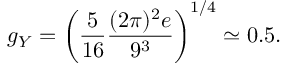
g _ { Y } = \left( { \frac { 5 } { 1 6 } } { \frac { ( 2 \pi ) ^ { 2 } e } { 9 ^ { 3 } } } \right) ^ { 1 / 4 } \simeq 0 . 5 .